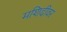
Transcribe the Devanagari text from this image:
मशिदीवर